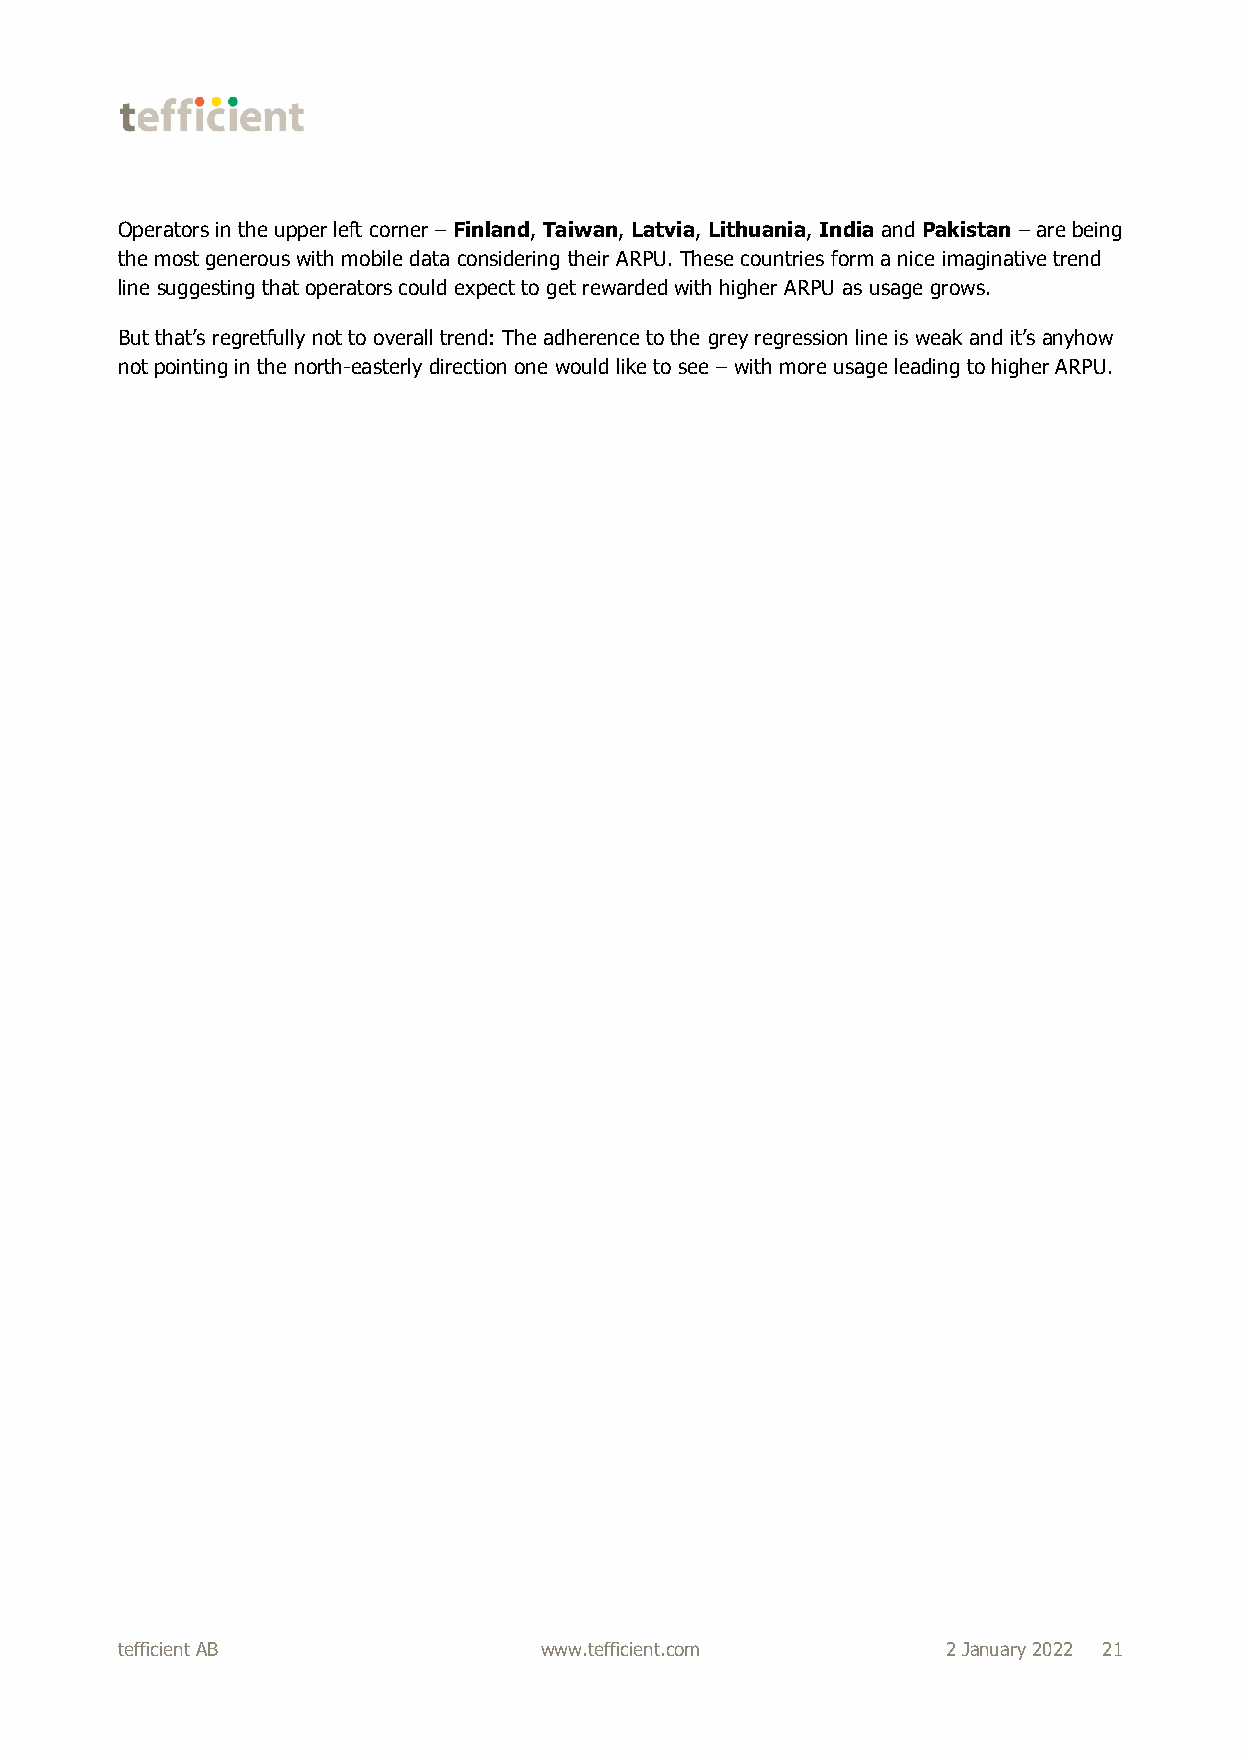
Operators in the upper left corner – Finland, Taiwan, Latvia, Lithuania, India and Pakistan – are being
 the most generous with mobile data considering their ARPU. These countries form a nice imaginative trend
 line suggesting that operators could expect to get rewarded with higher ARPU as usage grows.
 But that’s regretfully not to overall trend: The adherence to the grey regression line is weak and it’s anyhow
 not pointing in the north-easterly direction one would like to see – with more usage leading to higher ARPU.
 tefficient AB               www.tefficient.com         2 January 2022 21